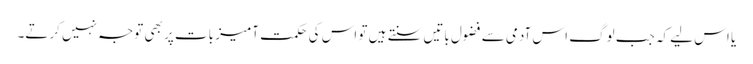
یا اس لیے کہ جب لوگ اس آدمی سے فضول باتیں سنتے ہیں تو اس کی حکمت آمیز بات پر بھی توجہ نہیں کرتے۔